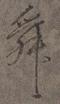
舜